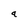
Character: a